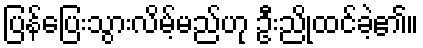
ပြန်ပြေးသွားလိမ့်မည်ဟု ဦးညိုထင်ခဲ့၏။